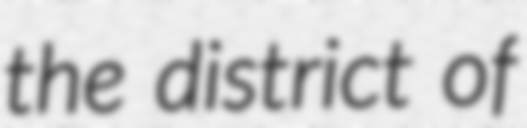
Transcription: the district of